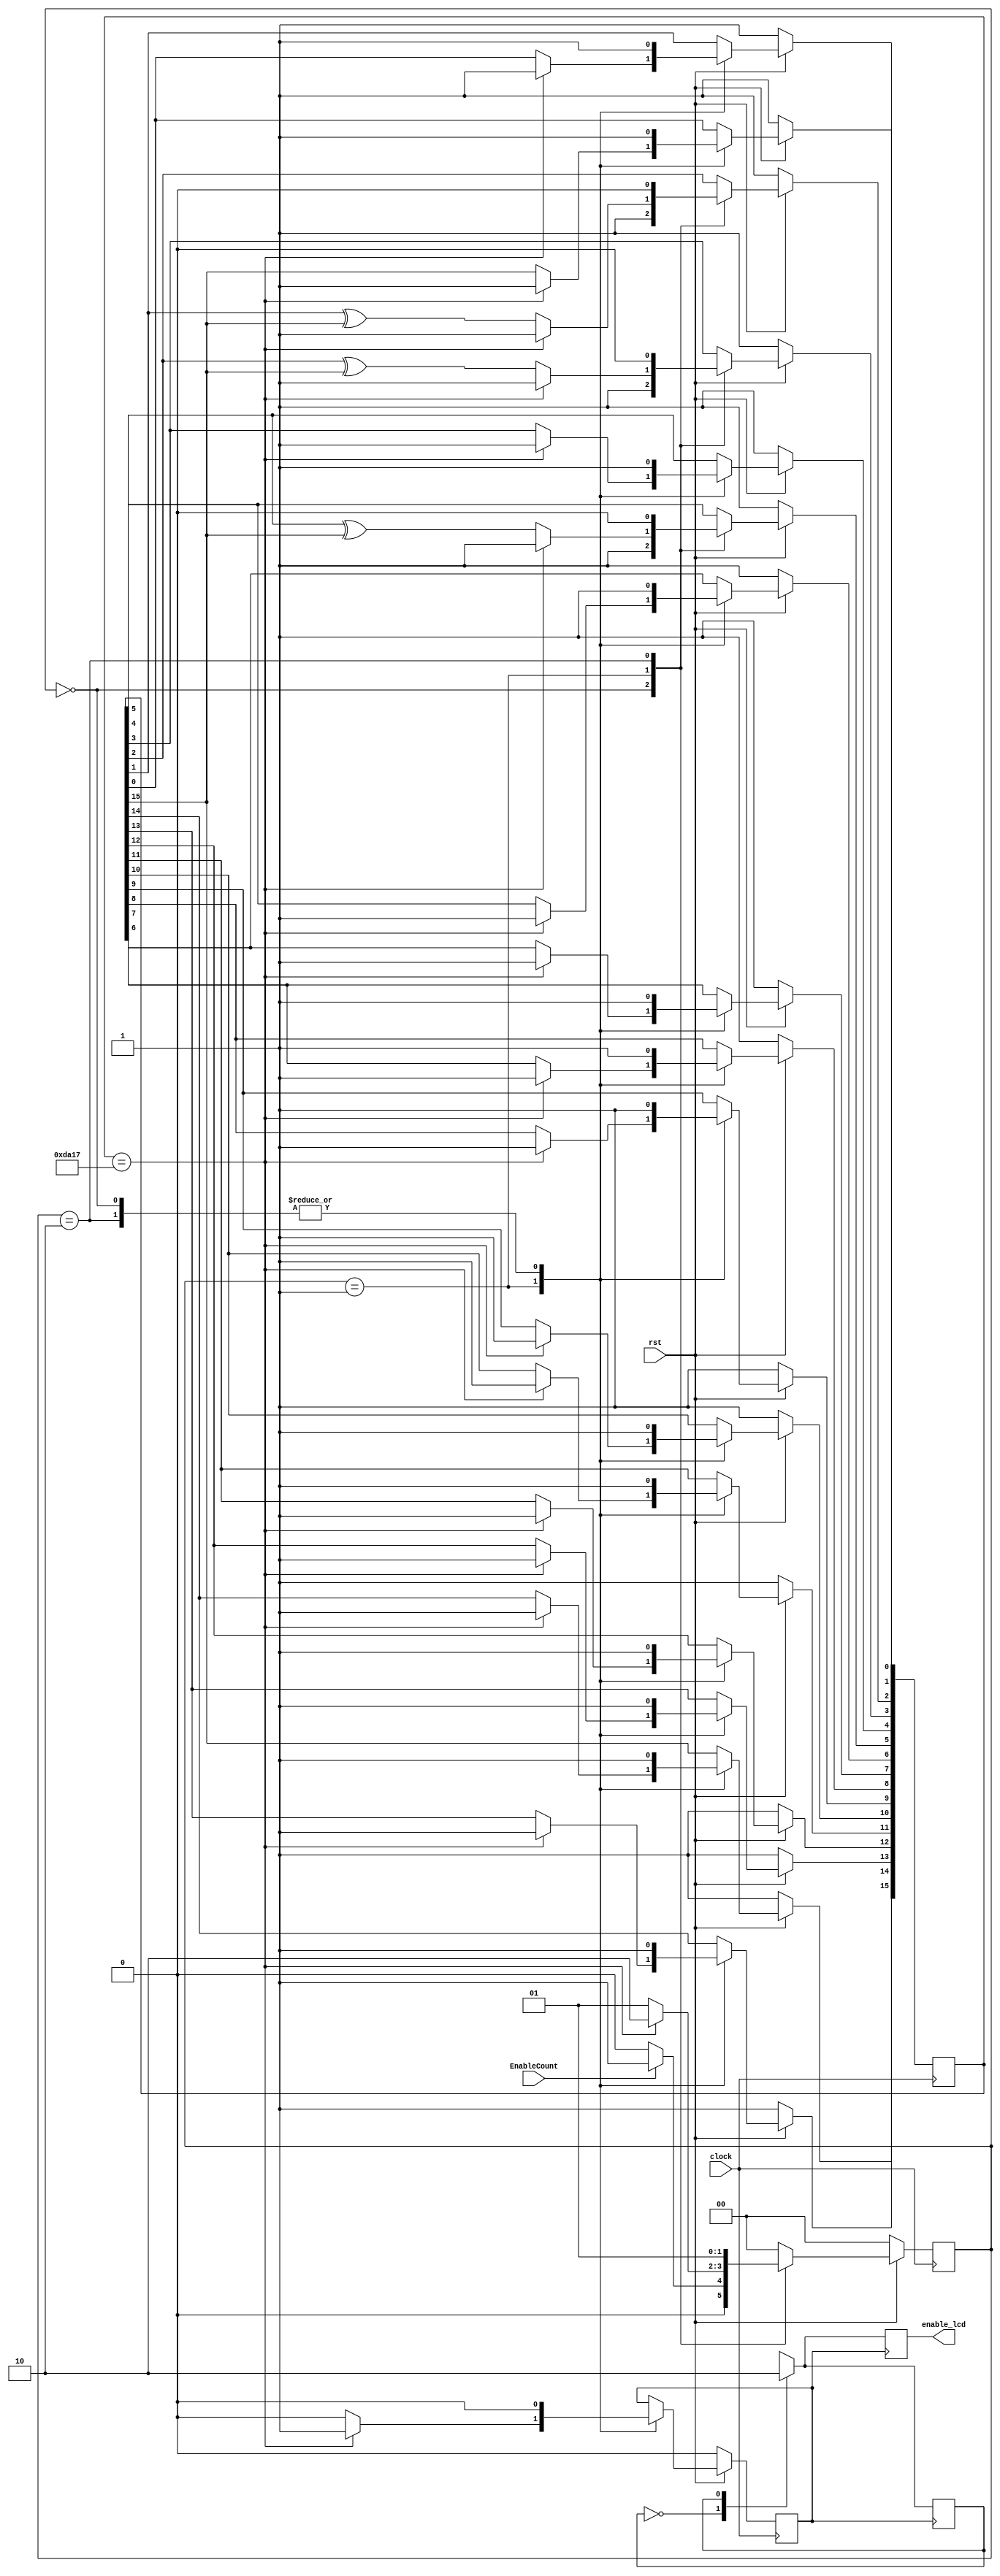
//ECE6370
//Pranav Kulkarni
//1ms timer
//Generates a 1ms pulse every 4u time interval when EnableCount is pulled high
module timer4u(clock,rst,EnableCount, enable_lcd);
  input clock, rst, EnableCount;
  
  output reg enable_lcd;
 
  reg state_enable = 1'b0;
  reg TimerIndicator;
  reg [1:0] state;
  reg [15:0] LFSR;
  wire feedback = LFSR[15];
  parameter IDLE = 0, CountState = 1, RestartCount = 2;
 
  always @(posedge clock)
  begin
      if(rst == 0 )
      begin
        LFSR <= 16'hffff;
        TimerIndicator <= 1'b0;
		  state <= IDLE;
      end
      else
        begin
	  case(state)
            IDLE : begin
                   LFSR <= 16'hffff;
						
                   if(EnableCount == 1'b1)
                   begin
                   state <= CountState;
                   TimerIndicator <= 1'b0;
                   end
                   else
                   begin
                   state <= IDLE;
                   TimerIndicator <= 1'b0;
                   end
                   end
            CountState : begin
     			 LFSR[0] <= feedback;
    			 LFSR[1] <= LFSR[0];
    			 LFSR[2] <= LFSR[1] ^ feedback;
    			 LFSR[3] <= LFSR[2] ^ feedback;
    			 LFSR[4] <= LFSR[3];
    			 LFSR[5] <= LFSR[4] ^ feedback;
    			 LFSR[6] <= LFSR[5];
    			 LFSR[7] <= LFSR[6];
    			 LFSR[8] <= LFSR[7];
    			 LFSR[9] <= LFSR[8];
    			 LFSR[10] <= LFSR[9];
    			 LFSR[11] <= LFSR[10];
    			 LFSR[12] <= LFSR[11];
    			 LFSR[13] <= LFSR[12];
    			 LFSR[14] <= LFSR[13];
    			 LFSR[15] <= LFSR[14];
                         if(LFSR == 16'hda17)//sequence that indicates 4us mark
                             begin
                             TimerIndicator <= 1'b1;
                             state <= RestartCount;
			     LFSR <= 16'hffff;
                             end
                           else
                             begin
                               TimerIndicator <= 1'b0;
                               state <= CountState;
                             end
 
			 end
         RestartCount : begin
                        TimerIndicator <= 1'b0;//restart count if 100us reached since 16 bit lfsr can count more than 100us
                        state <= CountState;//the sequence would change everytime i.e. timer would be inaccurate
                        LFSR <= 16'hffd3;
                        end
	 
         default : begin
                   state <= IDLE;
                   end
         endcase
      end

  end
always@(posedge TimerIndicator)
begin
case(state_enable)
1'b0 : begin
		enable_lcd <= 1'b1;
                state_enable <= 1'b1;
	end
1'b1 : begin
		enable_lcd <= 1'b0;
		state_enable<= 1'b0;
        end
default : begin state_enable <= 1'b0;end
endcase
end 

  


  
endmodule